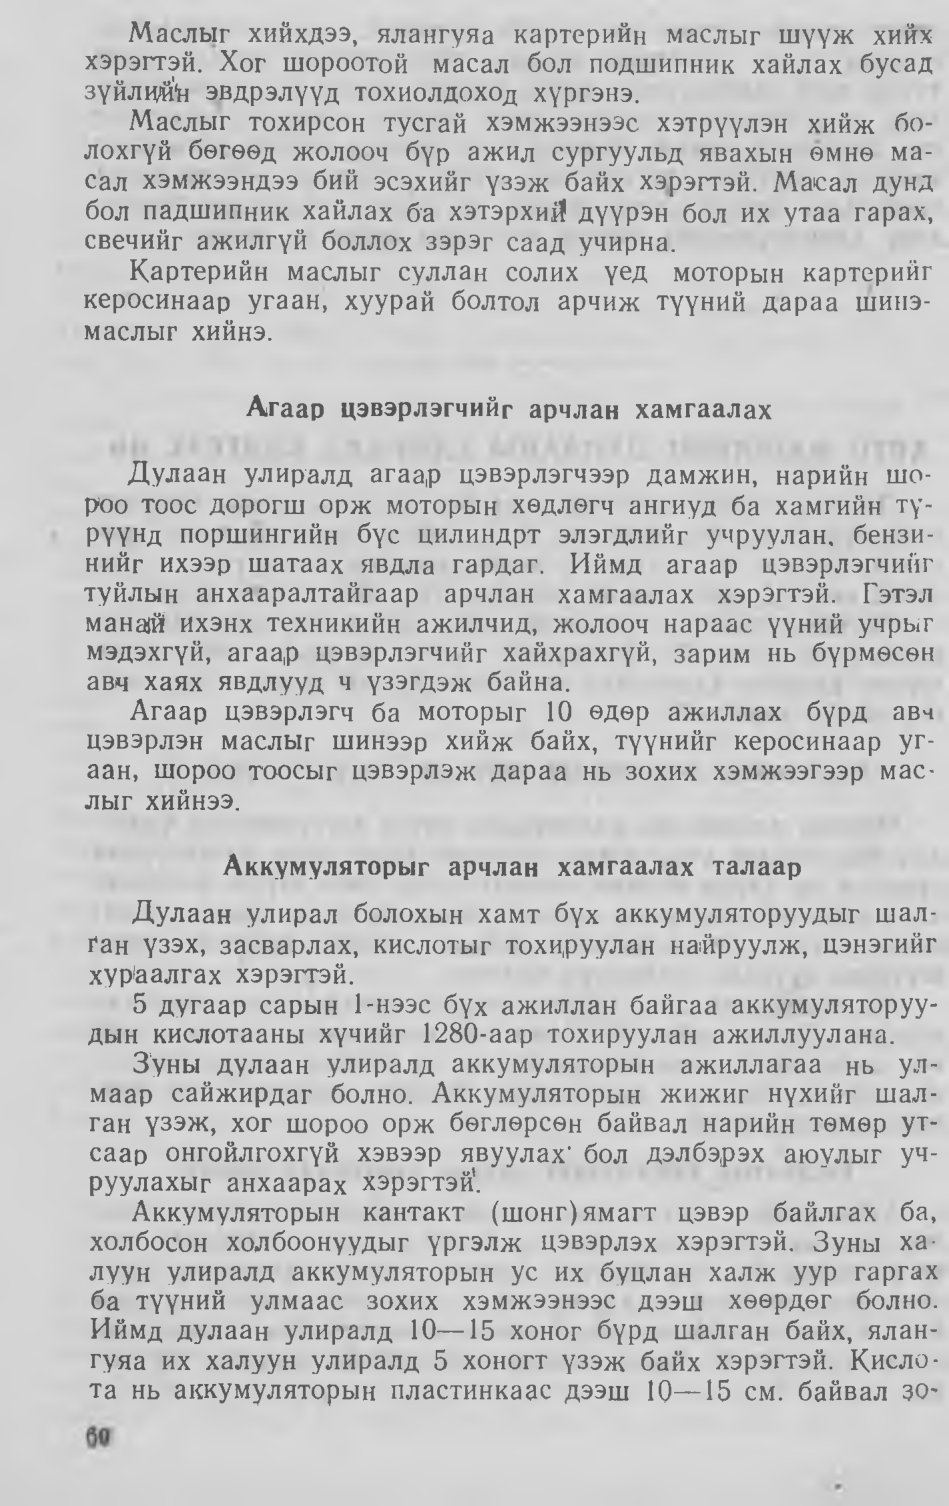
Language: mn